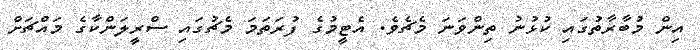
އިން މުބާރާތުގައި ކުޅުނު ތިންވަނަ މެޗެވެ. އެޓީމުގެ ފުރަތަމަ މެޗުގައި ސްރީލަންކާގެ މައްޗަށް